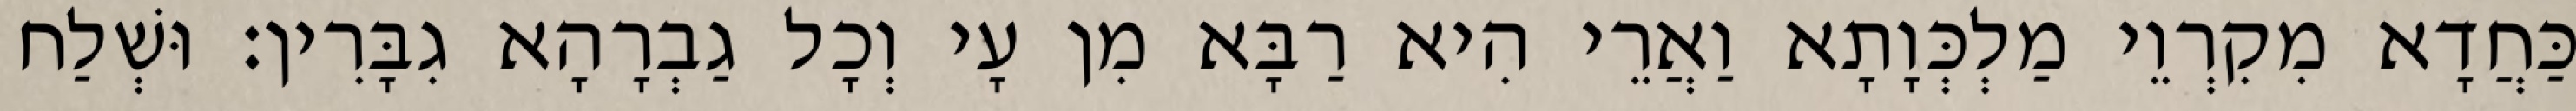
כַּחֲדָא מִקִרְוֵי מַלְכְּוָתָא וַאֲרֵי הִיא רַבָּא מִן עָי וְכָל גַבְרָהָא גִבָּרִין׃ וּשְׁלַח